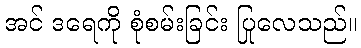
အင် ဒရေကို စုံစမ်းခြင်း ပြုလေသည်။